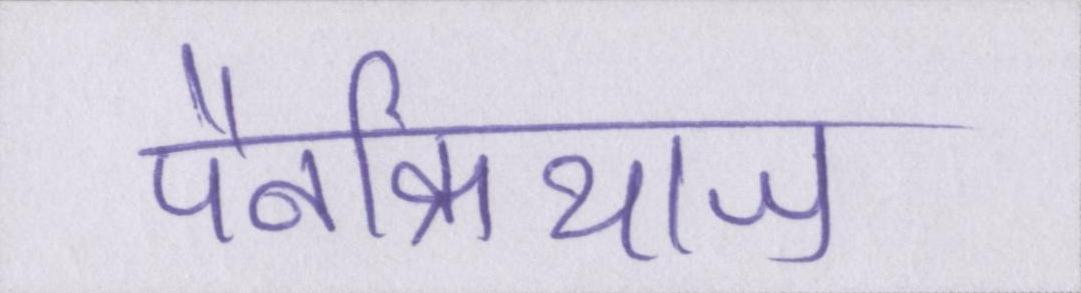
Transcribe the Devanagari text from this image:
पैनक्रियाज